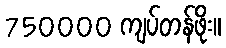
750000 ကျပ်တန်ဖိုး။